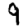
Digit: 9